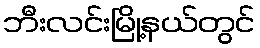
ဘီးလင်းမြို့နယ်တွင်